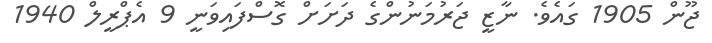
ޖޫން 1905 ގައެވެ. ނާޒީ ޖަރުމަނުންގެ ދަށަށް ގޮސްފައިވަނީ 9 އެޕްރީލް 1940